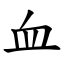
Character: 血